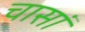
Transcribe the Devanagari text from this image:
चासां